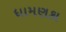
ધામણકા